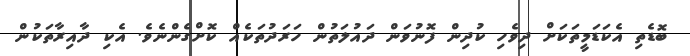
ބޮޑެތި އެކަޑަމީތަކަށް ދިވެހި ކުދިން ފޮނުވަން ދައުލަތުން ހަރަދުތަކެއް ކޮށްގެންނެވެ. އެކި ދާއިރާތަކުން